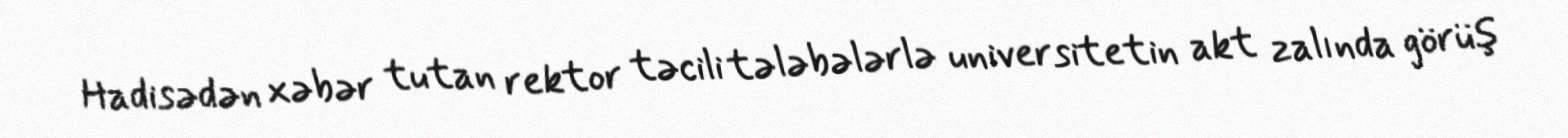
Hadisədən xəbər tutan rektor təcili tələbələrlə universitetin akt zalında görüş